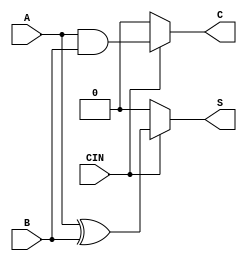
module ConditionalHalfAdder (
    input wire A,      // First single-bit input
    input wire B,      // Second single-bit input
    input wire CIN,    // Control signal
    output reg S,      // Sum output
    output reg C       // Carry output
);

// Combinational logic to determine the outputs based on CIN
always @(*) begin
    if (CIN) begin
        S = A ^ B;     // Sum: A XOR B
        C = A & B;     // Carry: A AND B
    end else begin
        S = 1'b0;      // Default state for sum
        C = 1'b0;      // Default state for carry
    end
end

endmodule